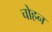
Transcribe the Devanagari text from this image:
चोहन